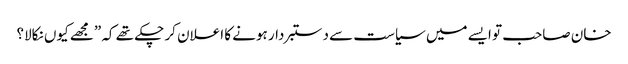
خان صاحب تو ایسے میں سیاست سے دستبردار ہونے کا اعلان کر چکے تھے کہ ”مجھے کیوں نکالا؟